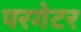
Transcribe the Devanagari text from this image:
परगेटर